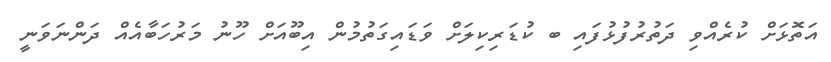
އަތޮޅަށް ކުރެއްވި ދަތުރުފުޅުފައި ބ ކުޑަރިކިލަށް ވަޑައިގަތުމުން އިބޫއަށް ހޫނު މަރުހަބާއެއް ދަންނަވަނީ